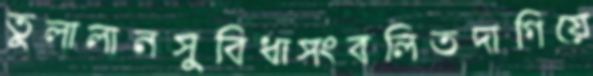
তুলালানসুবিধাসংবলিতদাগিয়ে